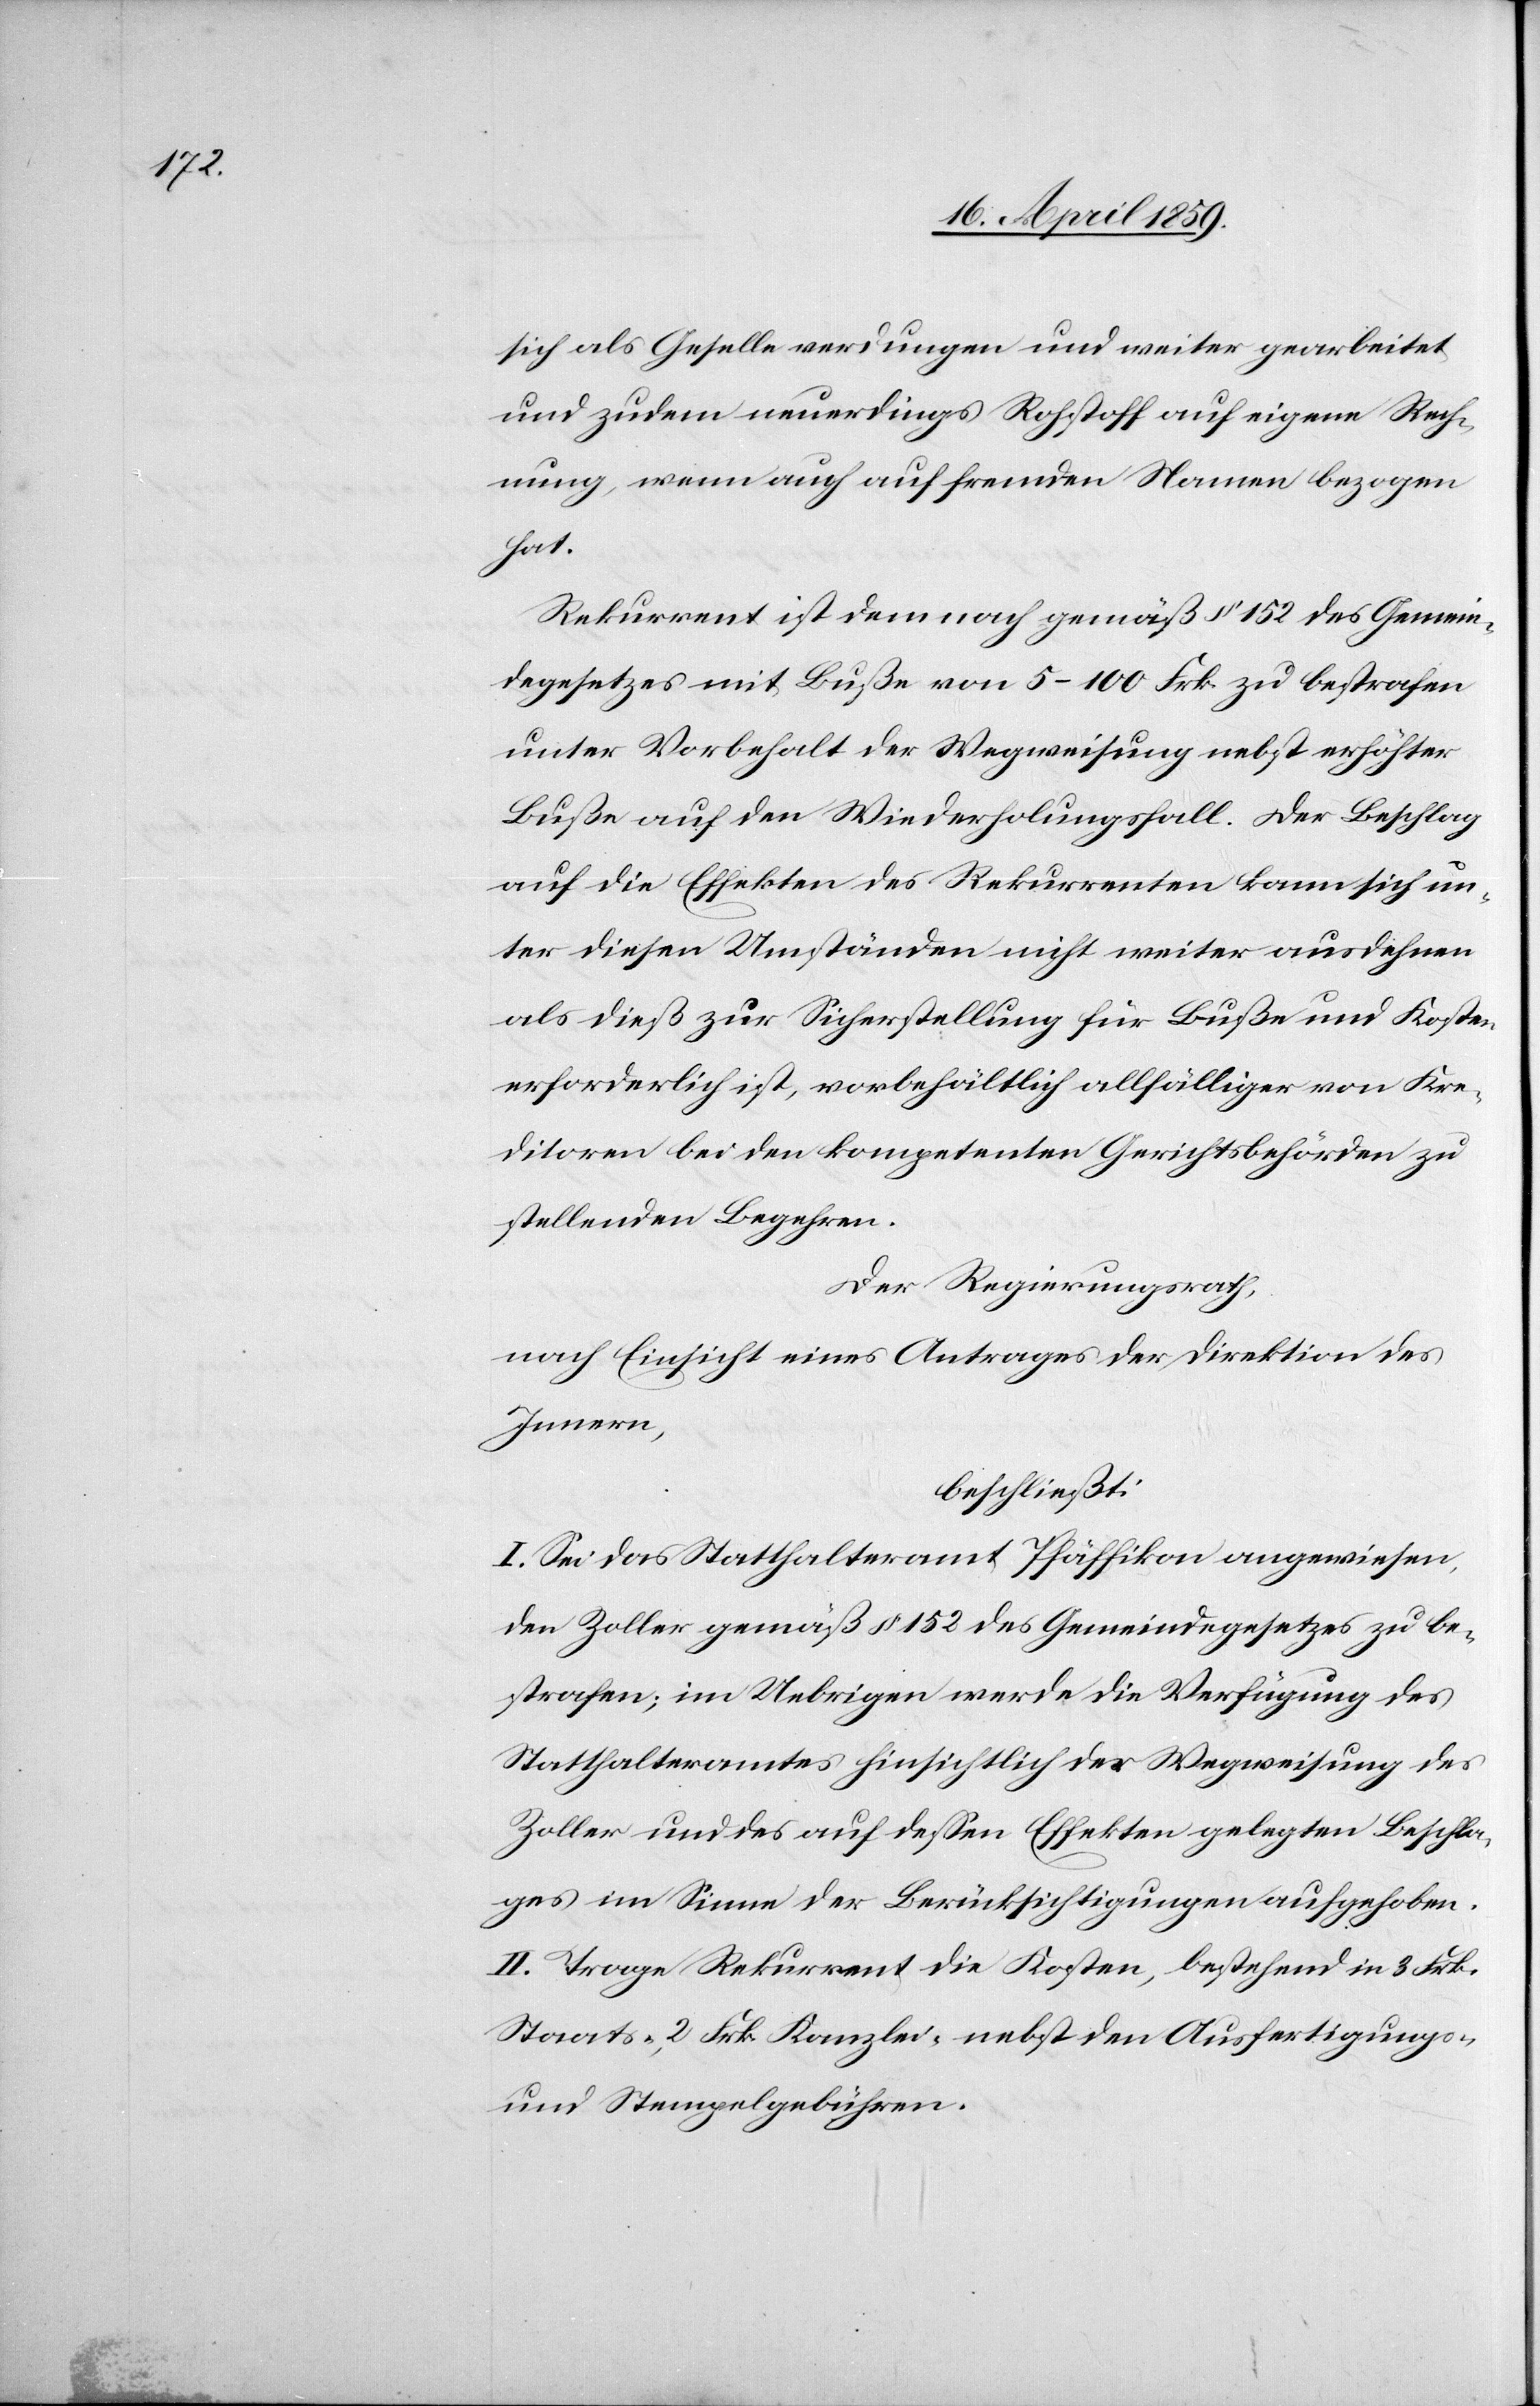
sich als Geselle verdungen und weiter gearbeitet
und zudem neuerdings Rohstoff auf eigene Rech¬
nung, wenn auch auf fremden Namen bezogen
hat.
Rekurrent ist dem nach gemäß § 152 des Gemein¬
degesetzes mit Buße von 5(100 Frk. zu bestrafen
unter Vorbehalt der Wegweisung nebst erhöhter
Buße auf den Wiederholungsfall. Der Beschlag
auf die Effekten des Rekurrenten kann sich un¬
ter diesen Umständen nicht weiter ausdehnen
als dieß zur Sicherstellung für Buße und Kosten
erforderlich ist, vorbehältlich allfälliger von Kre¬
ditoren bei den kompetenten Gerichtsbehörden zu
stellenden Begehren.
Der Regierungsrath,
nach Einsicht eines Antrages der Direktion des
Innern,
beschließt:
I. Sei das Statthalteramt Pfäffikon angewiesen,
den Zoller gemäß § 152 des Gemeindegesetzes zu be¬
strafen; im Uebrigen werde die Verfügung des
Statthalteramtes hinsichtlich der Wegweisung des
Zoller und des auf deßen Effekten gelegten Beschla¬
ges im Sinne der Berücksichtigungen aufgehoben.
II. Trage Rekurrent die Kosten, bestehend in 3 Frk.
Staats-, 2 Frk. Kanzlei- nebst den Ausfertigungs-
und Stempelgebühren.